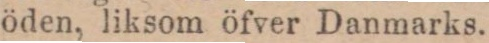
öden, liksom öfver Danmarks.